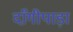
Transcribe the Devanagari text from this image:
दाँगीपाड़ा